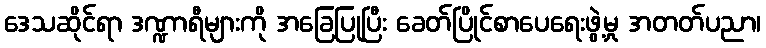
ဒေသဆိုင်ရာ ဒဏ္ဍာရီများကို အခြေပြုပြီး ခေတ်ပြိုင်စာပေရေးဖွဲ့မှု အတတ်ပညာ၊